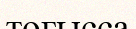
тоғысса